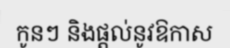
កូនៗ និងផ្តល់នូវឱកាស